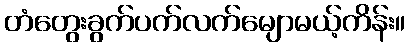
တံတွေးခွက်ပက်လက်မျောမယ့်ကိန်း။